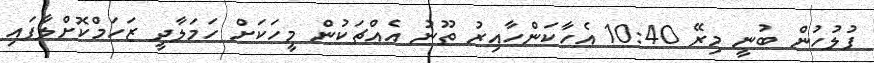
ފުލުހުން ބުނީ މިރޭ 10:40 އެހާކަންހާއިރު ތޫނު އެއްޗަކުން މީހަކަށް ހަމަލާދީ ޒަހަމްކޮށްލާފައި